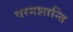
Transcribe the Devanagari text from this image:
परमशान्ति